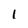
Character: 1